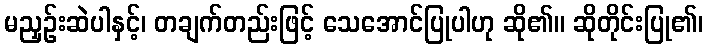
မညှဉ်းဆဲပါနှင့်၊ တချက်တည်းဖြင့် သေအောင်ပြုပါဟု ဆို၏။ ဆိုတိုင်းပြု၏၊